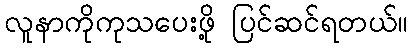
လူနာကိုကုသပေးဖို့ ပြင်ဆင်ရတယ်။